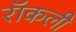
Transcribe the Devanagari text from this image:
रॉकली